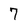
Character: 7